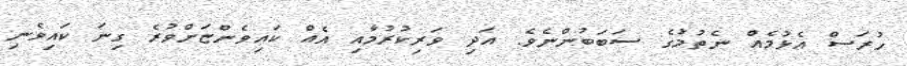
ހުރަސް އެޅުމެއް ނެތުމުގެ ސަބަބުންނެވެ. އަދި ވަރިކުރުމާއި އެއް ކައިވެންޏަށްވުރެ ގިނަ ކައިވެނި